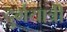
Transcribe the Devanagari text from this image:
दुर्गयात्री